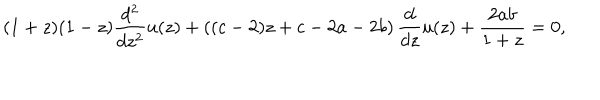
( 1 + z ) ( 1 - z ) \frac { d ^ { 2 } } { d z ^ { 2 } } u ( z ) + \left( ( c - 2 ) z + c - 2 a - 2 b \right) \frac { d } { d z } u ( z ) + \frac { 2 a b } { 1 + z } = 0 ,